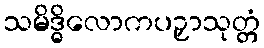
သမိဒ္ဓိလောကပဉှာသုတ္တံ